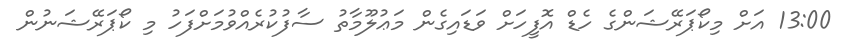
13:00 އަށް މިކޯޕަރޭޝަންގެ ހެޑް އޮފީހަށް ވަޑައިގެން މަޢުލޫމާތު ސާފުކުރެއްވުމަށްފަހު މި ކޯޕަރޭޝަނުން